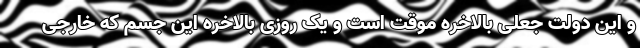
و این دولت جعلی بالاخره موقت است و یک روزی بالاخره این جسم که خارجی